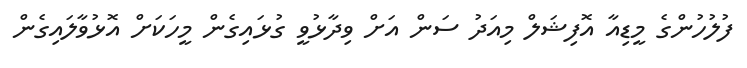
ފުލުހުންގެ މީޑިއާ އޮފިޝަލް މިއަދު ސަން އަށް ވިދާޅުވީ ގުޅައިގެން މީހަކަށް އޮޅުވާލައިގެން